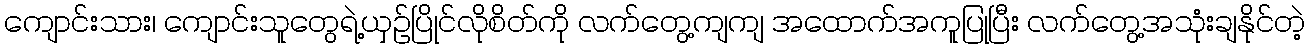
ကျောင်းသား၊ ကျောင်းသူတွေရဲ့ယှဉ်ပြိုင်လိုစိတ်ကို လက်တွေ့ကျကျ အထောက်အကူပြုပြီး လက်တွေ့အသုံးချနိုင်တဲ့